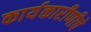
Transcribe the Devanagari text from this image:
कार्यकारीणीचे